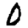
Digit: 0